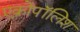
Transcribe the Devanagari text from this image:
एक्रोपॉलिश